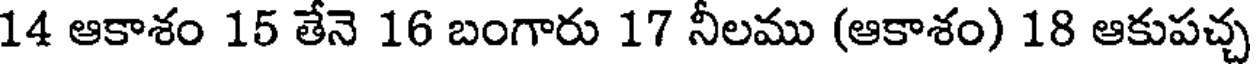
14 ఆకాశం 15 తేనె 16 బంగారు 17 నీలము (ఆకాశం) 18 ఆకుపచ్చ